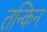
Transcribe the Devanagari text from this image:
तन्किन